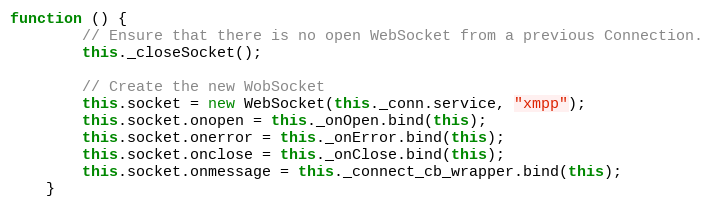
Language: JavaScript
function () {
        // Ensure that there is no open WebSocket from a previous Connection.
        this._closeSocket();

        // Create the new WobSocket
        this.socket = new WebSocket(this._conn.service, "xmpp");
        this.socket.onopen = this._onOpen.bind(this);
        this.socket.onerror = this._onError.bind(this);
        this.socket.onclose = this._onClose.bind(this);
        this.socket.onmessage = this._connect_cb_wrapper.bind(this);
    }